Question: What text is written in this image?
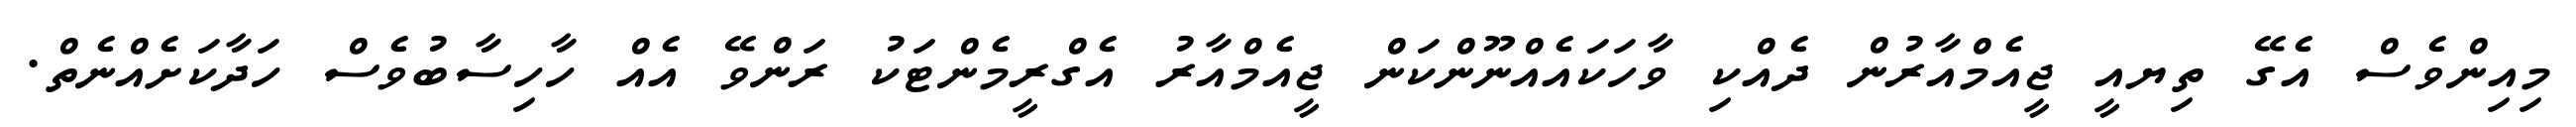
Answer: މިއިންވެސް އެގޭ ތިޔއީ ޖީއެމްއާރުން ދެއްކި ވާހަކައެއްނޫންކަން ޖީއެމްއާރު އެގްރީމެންޓަކު ރަންވޭ އެއް ހާހިސާބުވެސް ހަދާކަށެއްނެތް.